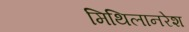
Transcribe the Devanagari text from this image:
मिथिलानरेश